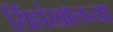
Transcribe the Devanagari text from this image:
सिंहांखालच्या